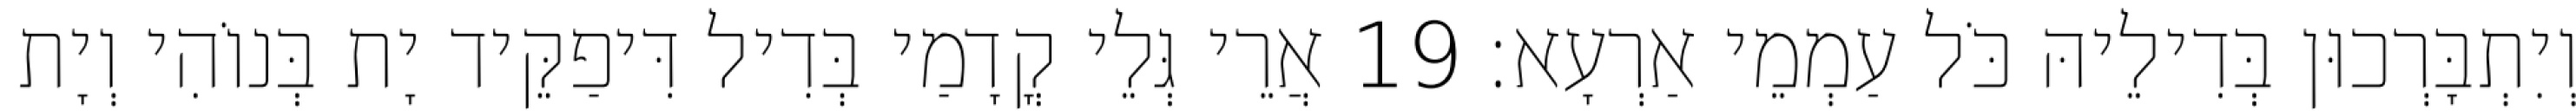
וְיִתְבָּרְכוּן בְּדִילֵיהּ כֹּל עַמְמֵי אַרְעָא׃ 19 אֲרֵי גְּלֵי קֳדָמַי בְּדִיל דִּיפַקֵּיד יָת בְּנוֹהִי וְיָת